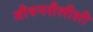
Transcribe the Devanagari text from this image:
जीवनशैलीशी